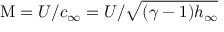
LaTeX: \mathrm { M } = U / c _ { \infty } = U / { \sqrt { ( \gamma - 1 ) h _ { \infty } } }